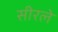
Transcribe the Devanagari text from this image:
सीरले